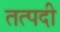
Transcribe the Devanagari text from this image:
तत्पदी